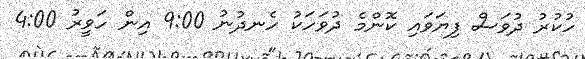
ހުކުރު ދުވަސް ފިޔަވައި ކޮންމެ ދުވަހަކު ހެނދުނު 9:00 އިން ހަވީރު 4:00